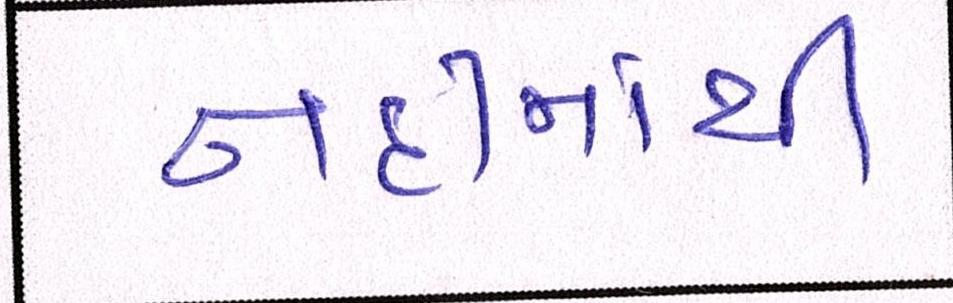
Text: નદીમાંથી